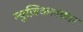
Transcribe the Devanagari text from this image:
म्युज़िकलकार